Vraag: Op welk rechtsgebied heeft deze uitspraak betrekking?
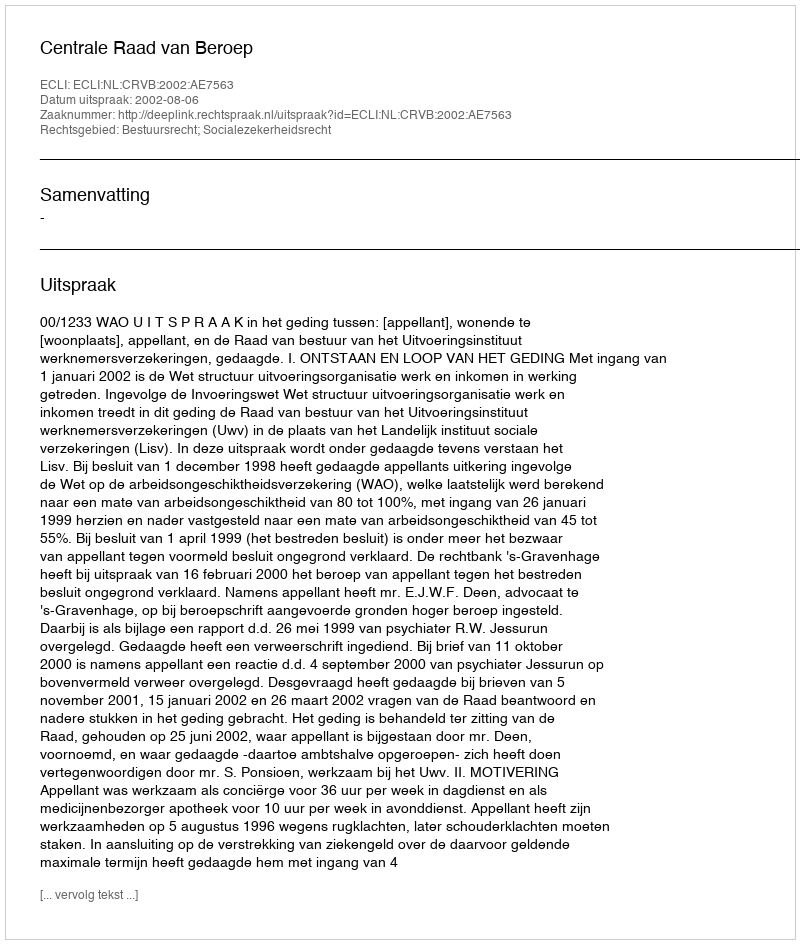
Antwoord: Bestuursrecht; Socialezekerheidsrecht